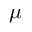
\mu